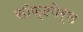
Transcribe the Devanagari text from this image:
सॉफ्टवेर्स